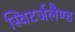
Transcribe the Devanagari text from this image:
स्विटर्जलैण्ड